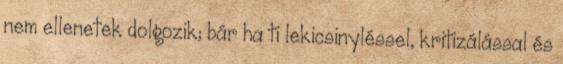
nem ellenetek dolgozik; bár ha ti lekicsinyléssel, kritizálással és